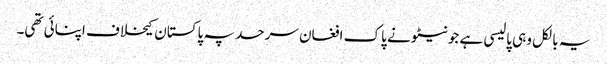
یہ بالکل وہی پالیسی ہے جو نیٹو نے پاک افغان سرحد پہ پاکستان کیخلاف اپنائی تھی۔